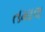
તમાલ